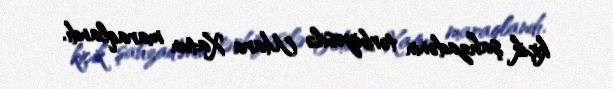
kiçik şahzadənin tərbiyəsilə Mara Xatun maraqlandı.